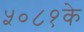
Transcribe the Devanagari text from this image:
५०८१के